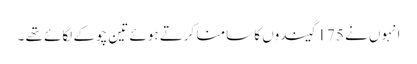
انہوں نے 175 گیندوں کا سامنا کرتے ہوئے تین چوکے لگائے تھے ۔